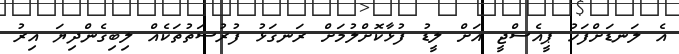
އެ ލަނޑަށްފަހު ޕީއެސްޖީ އަށް ލީޑު ފުޅާކޮށްލުމަށް ރަނގަޅު ފުރުސަތުތަކެއް ލިބިގެންދިޔަ އިރު